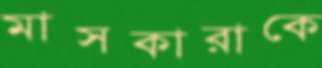
মাসকারাকে